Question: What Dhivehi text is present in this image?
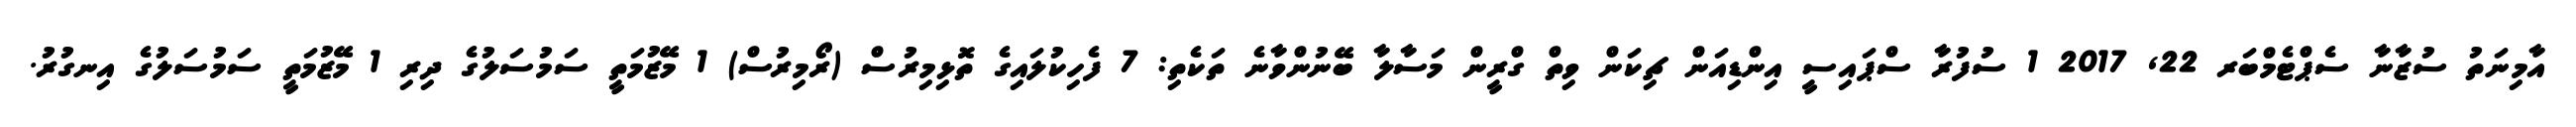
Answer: އާމިނަތު ސުޒާނާ ސެޕްޓެމްބަރ 22, 2017 1 ސުފުރާ ސްޕައިސީ އިންޑިއަން ޗިކަން ވިތް ގްރީން މަސާލާ ބޭނުންވާނެ ތަކެތި: 7 ފެހިކުލައިގެ ތޮޅިމިރުސް (ރޯމިރުސް) 1 މޭޒުމަތީ ސަމުސަލުގެ ދިރި 1 މޭޒުމަތީ ސަމުސަލުގެ އިނގުރު.